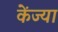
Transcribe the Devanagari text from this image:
केंज्या